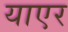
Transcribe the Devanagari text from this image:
याएर